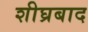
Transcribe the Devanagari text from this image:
शीघ्रबाद